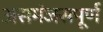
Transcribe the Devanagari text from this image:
असमंजसपूर्ण